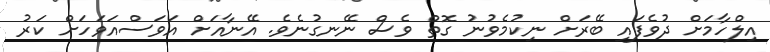
އިލްހާމަށް ދުވެފައި ބޭރަށް ނިކުމެވުނު ގޮތް ވެސް ނޭނގުނެވެ. އޭނާއަށް އަވަސްއަވަހަށް ކަރު